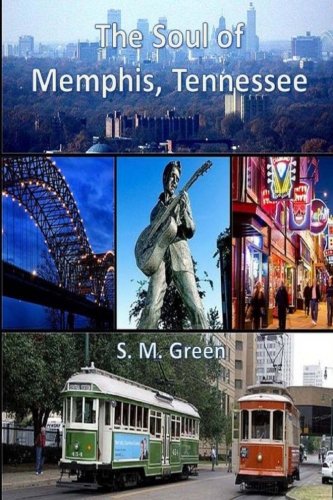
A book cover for The Soul of Memphis, Tennessee (Travel - Fun Vacations) (Volume 2); S M Green; Travel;